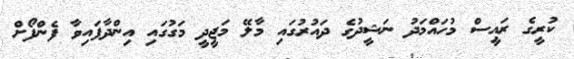
ކުރީގެ ރައީސް މުހައްމަދު ނަޝީދުގެ ދައުރުގައި މާލޭ މަޖީދީ މަގުގައި އިންދާފައިވާ ފެންފޯށް